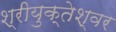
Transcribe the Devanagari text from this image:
श्रीयुक्तेश्वर